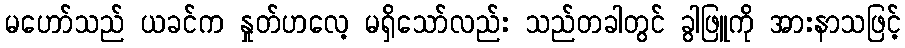
မဟော်သည် ယခင်က နှုတ်ဟလေ့ မရှိသော်လည်း သည်တခါတွင် ခွါဖြူကို အားနာသဖြင့်